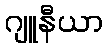
ဂျူနီယာ